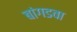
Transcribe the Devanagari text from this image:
बांगडवा